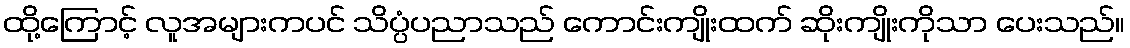
ထို့ကြောင့် လူအများကပင် သိပ္ပံပညာသည် ကောင်းကျိုးထက် ဆိုးကျိုးကိုသာ ပေးသည်။